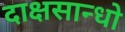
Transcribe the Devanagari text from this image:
दाक्षसान्धो